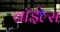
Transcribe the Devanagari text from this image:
बॉईल्स